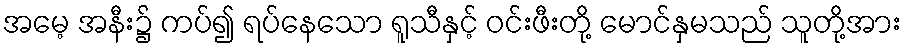
အမေ့ အနီး၌ ကပ်၍ ရပ်နေသော ရူသီနှင့် ဝင်းဖီးတို့ မောင်နှမသည် သူတို့အား